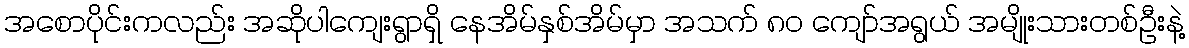
အစောပိုင်းကလည်း အဆိုပါကျေးရွာရှိ နေအိမ်နှစ်အိမ်မှာ အသက် ၈၀ ကျော်အရွယ် အမျိုးသားတစ်ဦးနဲ့